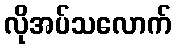
လိုအပ်သလောက်